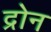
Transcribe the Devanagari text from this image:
द्रोन